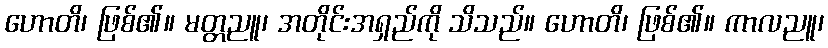
ဟောတိ၊ ဖြစ်၏။ မတ္တညူ၊ အတိုင်းအရှည်ကို သိသည်။ ဟောတိ၊ ဖြစ်၏။ ကာလညူ၊